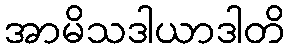
အာမိသဒါယာဒါတိ